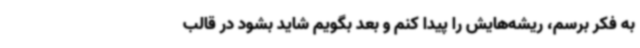
به فکر برسم، ریشه‌هایش را پیدا کنم و بعد بگویم شاید بشود در قالب